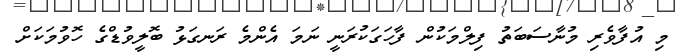
މި އުފާވެރި މުނާސަބަތު ފިލްމަކުން ފާހަގަކުރަނީ ނަމަ އެންމެ ރަނގަޅު ބޮލީވުޑްގެ ހޮވުމަކަށް